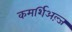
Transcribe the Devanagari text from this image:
कमर्शिअल्ज़